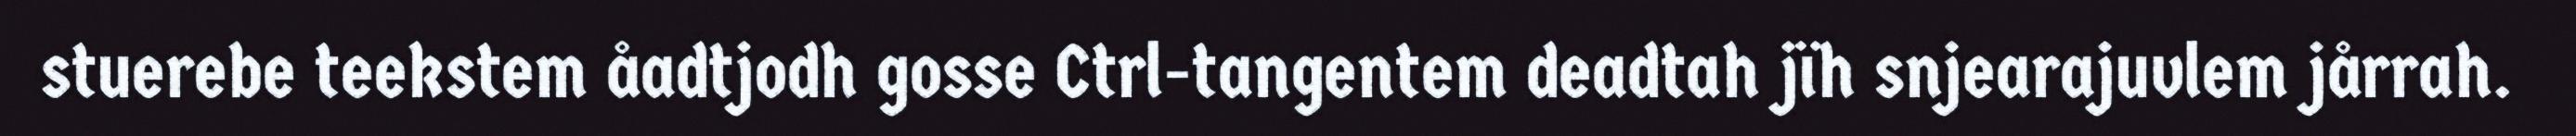
stuerebe teekstem åadtjodh gosse Ctrl-tangentem deadtah jïh snjearajuvlem jårrah.